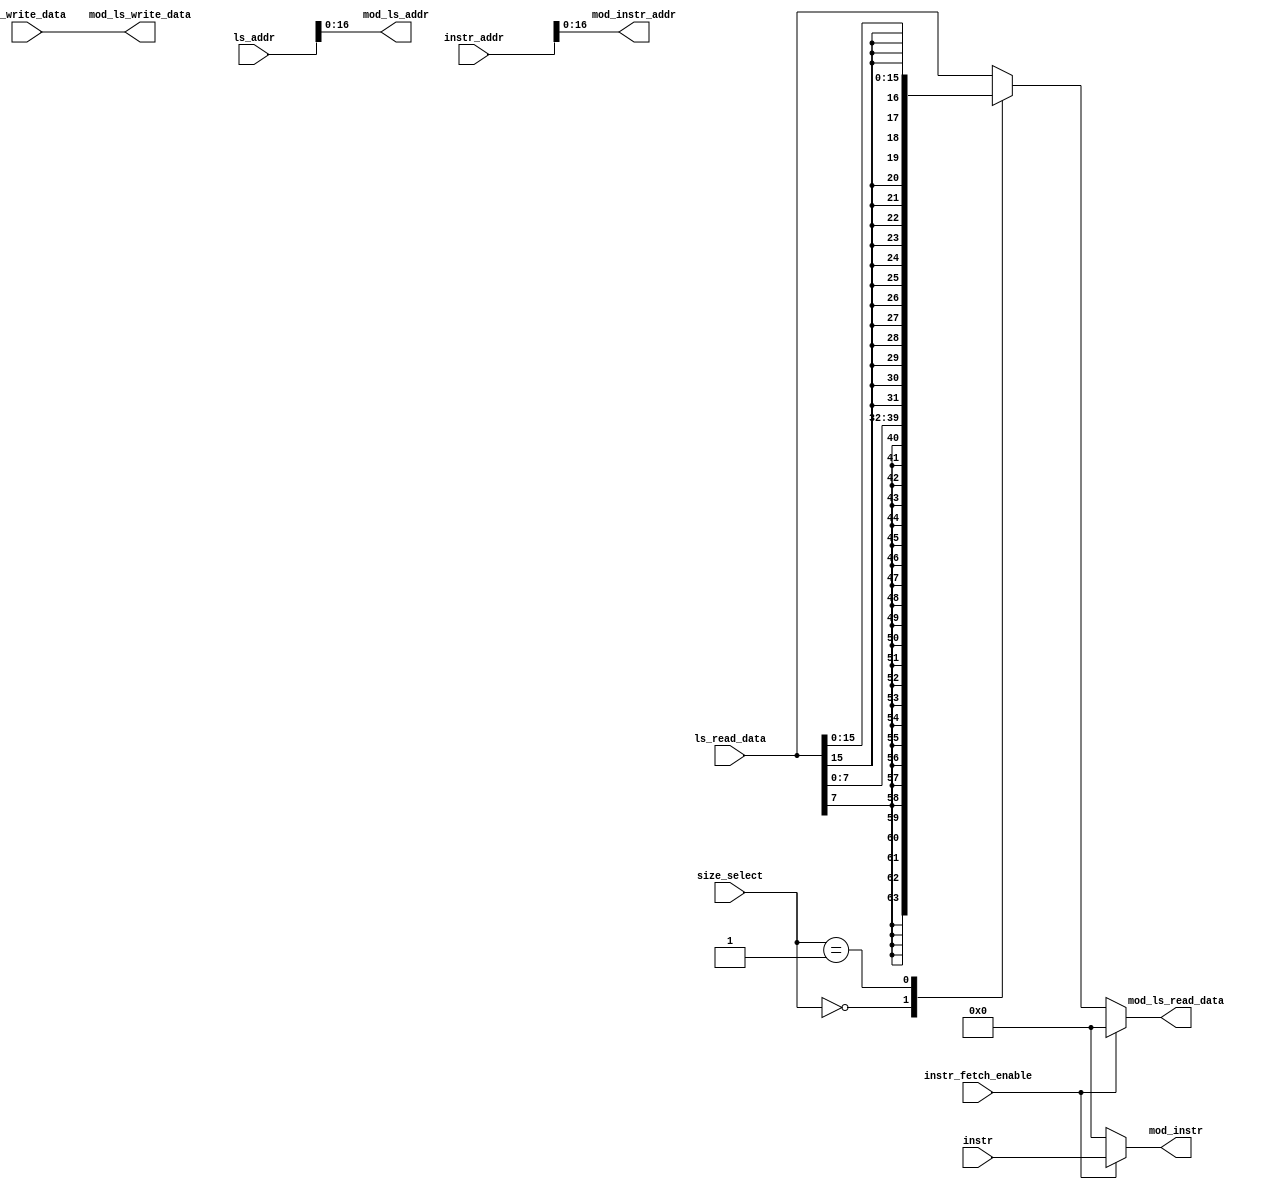
`timescale 1ns / 1ps

module trim_unit(
    input [1:0]size_select, //from ctrl unit
    input instr_fetch_enable, //from ctrl unit
    
    input [31:0] ls_addr, //from alu
    output [16:0] mod_ls_addr, //modified ld_str addr to ld_str controller 32'b to 17'b
    //inout ls_write_data,
    input [31:0] ls_write_data, //from alu
    output [31:0] mod_ls_write_data, //same as ls_write_Data
    input [31:0] ls_read_data, //from ld str unit
    output reg [31:0] mod_ls_read_data, //to reg file
    
    input [31:0] instr_addr, //from fetch unit: pc addr
    output [16:0] mod_instr_addr, //to pram 
    input [31:0] instr, //from pram and external mem
    output reg [31:0]mod_instr //to decoder 
    );
 
parameter byte = 2'b00;
parameter half_word = 2'b01;
parameter word = 2'b10;
 
assign mod_ls_write_data = ls_write_data;
assign mod_ls_addr = ls_addr[16:0]; 
assign mod_instr_addr = instr_addr[16:0];

always @ *
begin
    if(!instr_fetch_enable)
    begin
        case(size_select)
        byte: mod_ls_read_data = {{24{ls_read_data[7]}}, ls_read_data[7:0]};
        
        half_word: mod_ls_read_data = {{16{ls_read_data[15]}}, ls_read_data[15:0]};
      
        word:
            mod_ls_read_data = ls_read_data;
    
        default:
            mod_ls_read_data = ls_read_data;
        endcase
    end
    else
       mod_ls_read_data = 32'd0;
end
     
always @ *
begin
    if(instr_fetch_enable)
    begin
    mod_instr = instr;
    
    end
    else
        mod_instr = 32'd0;
    end
endmodule